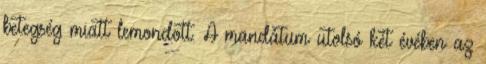
betegség miatt lemondott. A mandátum utolsó két évében az